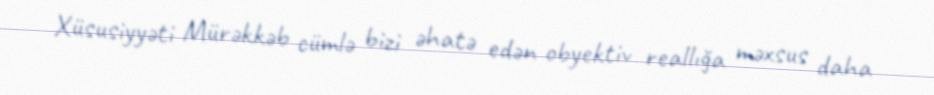
Xüsusiyyəti Mürəkkəb cümlə bizi əhatə edən obyektiv reallığa məxsus daha